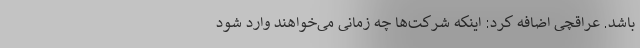
باشد. عراقچی اضافه کرد: اینکه شرکت‌ها چه زمانی می‌خواهند وارد شود